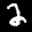
Label: 2